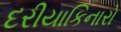
દરીયાકિનારો